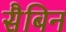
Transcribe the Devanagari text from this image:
सैबिन